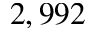
2 , 9 9 2